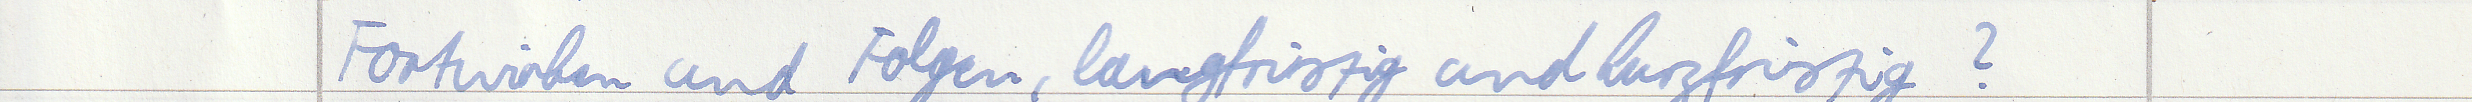
Fortwirken und Folgen, langfristig und kruzfristig?